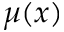
\mu ( x )